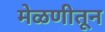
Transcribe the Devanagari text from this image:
मेळणीतून